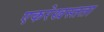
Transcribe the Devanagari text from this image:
एकरेखस्तता